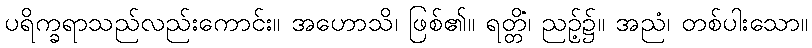
ပရိက္ခရာသည်လည်းကောင်း။ အဟောသိ၊ ဖြစ်၏။ ရတ္တိံ၊ ညဉ့်၌။ အညံ၊ တစ်ပါးသော။